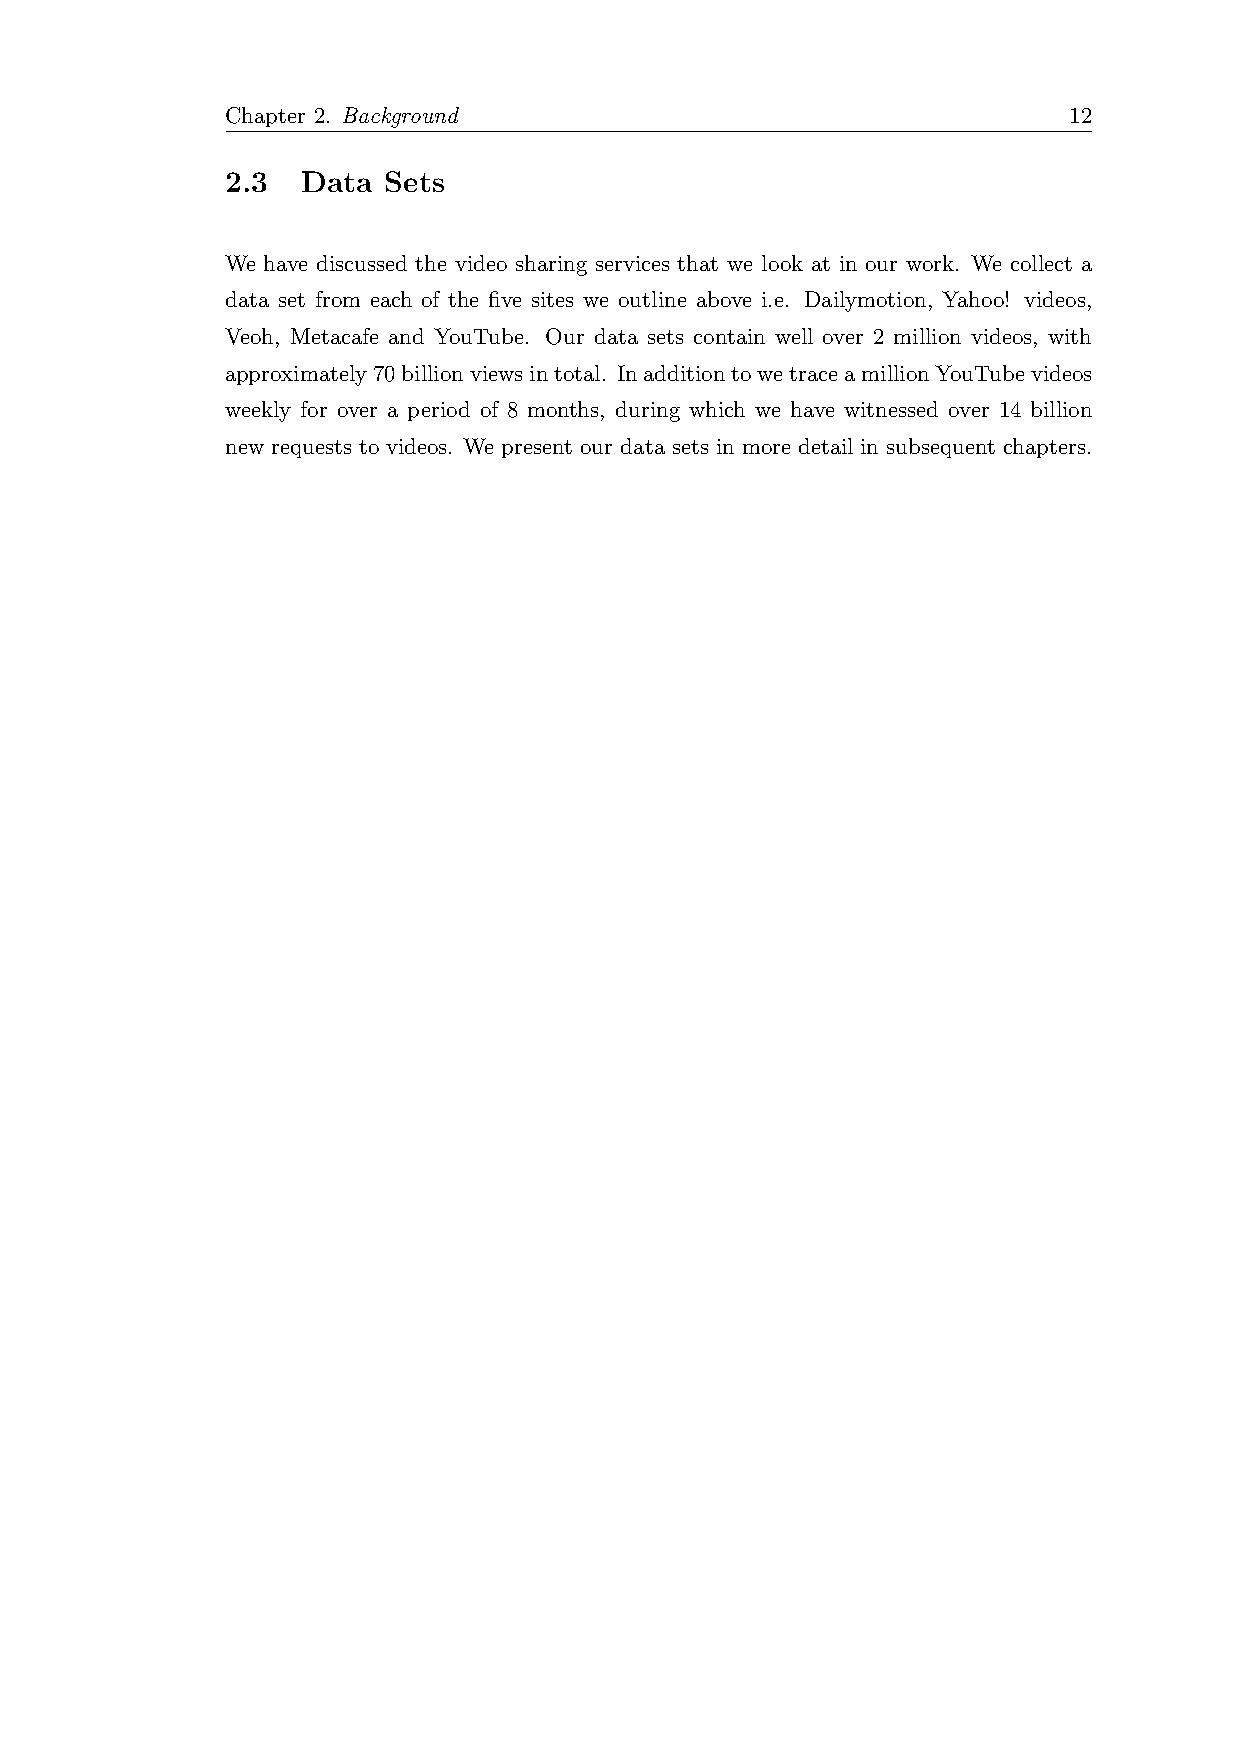
Chapter 2. Background                                   12
 2.3  Data Sets
 We have discussed the video sharing services that we look at in our work. We collect a
 data set from each of the five sites we outline above i.e. Dailymotion, Yahoo! videos,
 Veoh, Metacafe and YouTube. Our data sets contain well over 2 million videos, with
 approximately70billionviewsintotal. InadditiontowetraceamillionYouTubevideos
 weekly for over a period of 8 months, during which we have witnessed over 14 billion
 new requests to videos. We present our data sets in more detail in subsequent chapters.